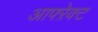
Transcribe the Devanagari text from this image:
आफ्ऱेक्ट